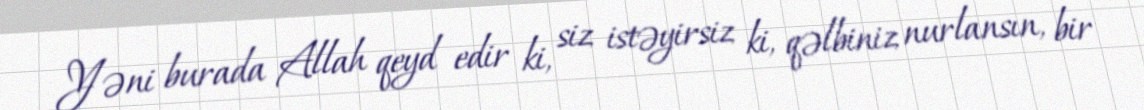
Yəni burada Allah qeyd edir ki, siz istəyirsiz ki, qəlbiniz nurlansın, bir